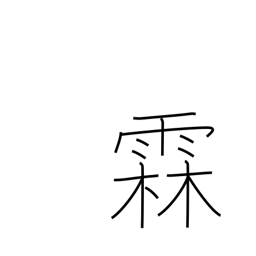
Meaning: long rainy spell